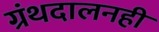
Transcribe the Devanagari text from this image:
ग्रंथदालनही